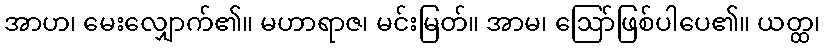
အာဟ၊ မေးလျှောက်၏။ မဟာရာဇ၊ မင်းမြတ်။ အာမ၊ ဩော်ဖြစ်ပါပေ၏။ ယတ္ထ၊